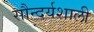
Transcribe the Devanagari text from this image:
सौन्दर्यशाली